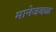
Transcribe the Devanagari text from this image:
मानेजवळ